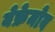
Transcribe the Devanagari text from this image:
येफ्रेमोव